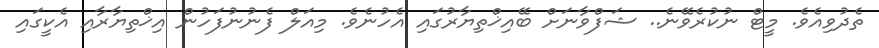
ތެދުވިއެވެ. މީޓް ނުކުރެވޭނެ.. ޝަފްވާނަށް ބޭއިޚްތިޔާރުގައި އެހުނެވެ. މިއަލް ފެނުނުފަހުން އިޚްތިޔާރާއި އެކީގައި